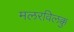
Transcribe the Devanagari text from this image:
मलरविलक्कु